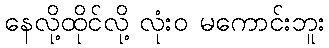
နေလို့ထိုင်လို့ လုံးဝ မကောင်းဘူး